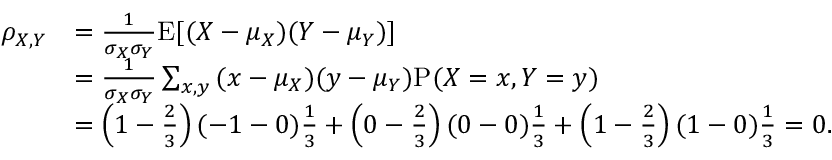
{ \begin{array} { r l } { \rho _ { X , Y } } & { = { \frac { 1 } { \sigma _ { X } \sigma _ { Y } } } \mathrm { E } [ ( X - \mu _ { X } ) ( Y - \mu _ { Y } ) ] } \\ & { = { \frac { 1 } { \sigma _ { X } \sigma _ { Y } } } \sum _ { x , y } { ( x - \mu _ { X } ) ( y - \mu _ { Y } ) \mathrm { P } ( X = x , Y = y ) } } \\ & { = \left( 1 - { \frac { 2 } { 3 } } \right) ( - 1 - 0 ) { \frac { 1 } { 3 } } + \left( 0 - { \frac { 2 } { 3 } } \right) ( 0 - 0 ) { \frac { 1 } { 3 } } + \left( 1 - { \frac { 2 } { 3 } } \right) ( 1 - 0 ) { \frac { 1 } { 3 } } = 0 . } \end{array} }